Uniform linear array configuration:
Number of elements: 8
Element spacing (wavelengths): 1
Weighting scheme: kaiser
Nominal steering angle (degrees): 45
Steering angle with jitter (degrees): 44.637
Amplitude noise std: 0.05
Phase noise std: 0.05

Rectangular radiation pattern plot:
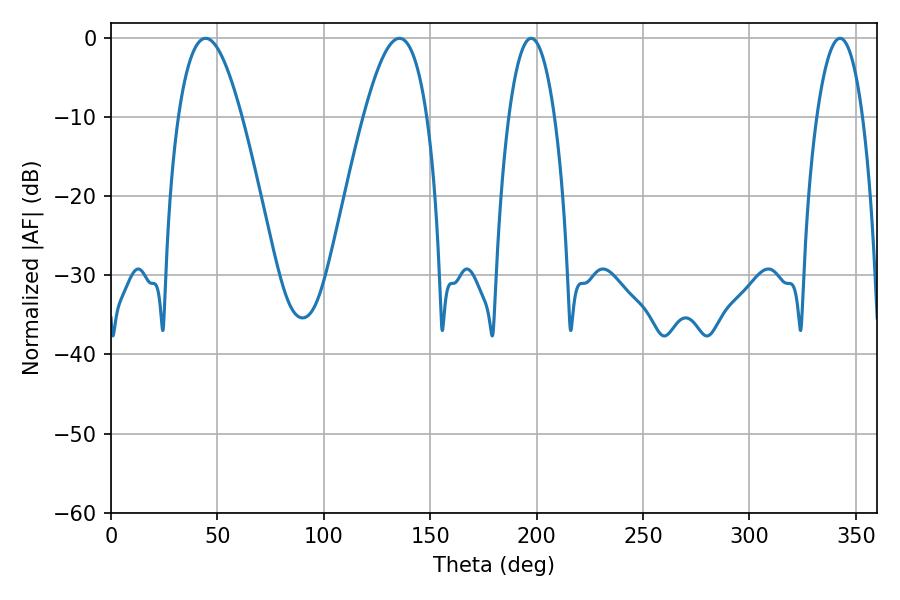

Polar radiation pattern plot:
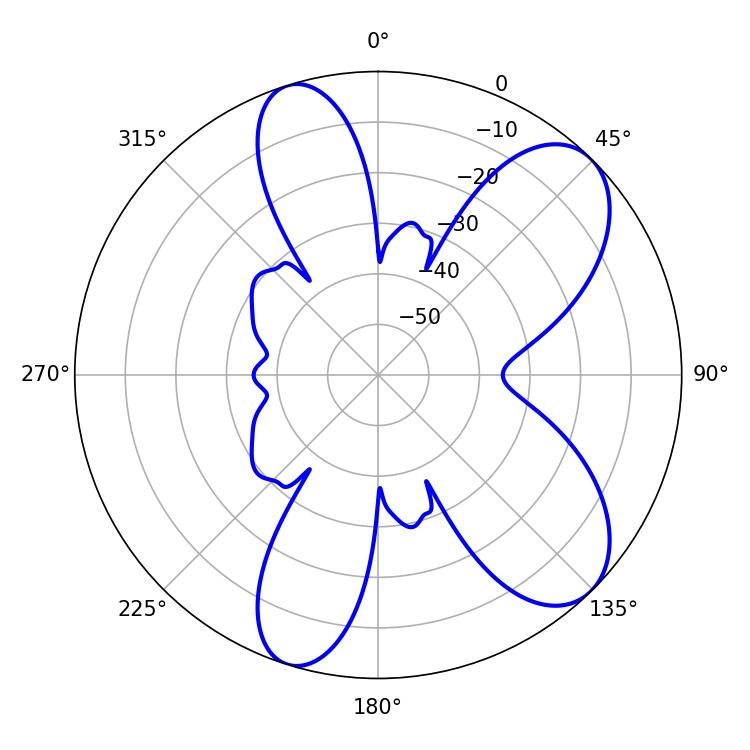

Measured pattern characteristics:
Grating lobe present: TRUE
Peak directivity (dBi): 8.219
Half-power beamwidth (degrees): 16.38
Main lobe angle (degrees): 44.46